Vaccine operations Central Provinces 1868-1885 - 1868-1885
Year: 1868
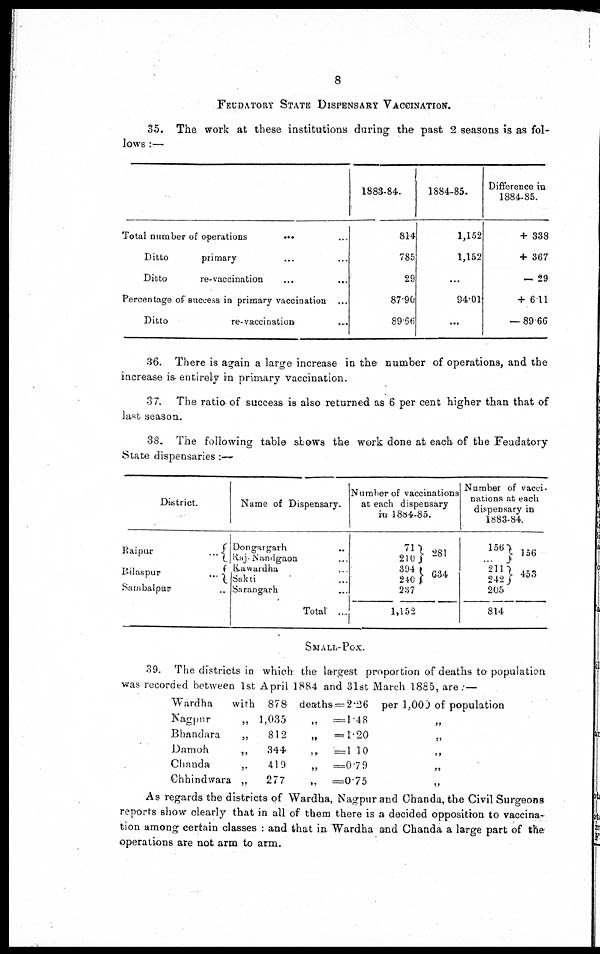
8
FEUDATORY STATE DISPENSARY VACCINATION.
35. The work at these institutions during the past 2 seasons is as fol-
lows :—
Total number of operations
...
...
Ditto
primary ... ...
Ditto
re-vaccination
...
...
Percentage of success in primary vaccination ...
Ditto
re-vaccination ...
1883-84.
814
785
29
87.90
89.66
1884-85.
1,152
1,152
...
94.01
...
Difference in
1884-85.
+ 338
+ 367
— 29
+ 611
— 89.66
36. There is again a large increase in the number of operations, and the
increase is entirely in primary vaccination.
37. The ratio of success is also returned as 6 per cent higher than that of
last season.
38. The following table shows the work done at each of the Feudatory
State dispensaries :—
District.
Raipur
...
Bilaspur
...
Sambalpur ...
Name of Dispensary.
Dongargarh ...
Raj Nandgaon ...
Kawardha ...
Sakti ...
Sarangarh ...
Total ...
Number of vaccinations
at each dispensary
in 1884-85.
71
210
394
240
281
634
237
1,152
Number of vacci-
nations at each
dispensary in
1883-84.
156
...
211
242
156
453
205
814
SMALL-POX.
39. The districts in which the largest proportion of deaths to population
was recorded between 1st April 1884 and 31st March 1885, are:-—
Wardha
with 878
Kagpur
„ 1,035
Bhandara
„
812
Damoh
„
344
Chanda
„
419
Chhindwara „
277
deaths=2.26
„ =1.48
„ —1.20
„
=1.10
„ =0.79
„
=0.75
per 1,000 of population
„
„
„
„
„
As regards the districts of Wardha, Nagpur and Chanda, the Civil Surgeons
reports show clearly that in all of them there is a decided opposition to vaccina-
tion among certain classes : and that in Wardha and Chanda a large part of the
operations are not arm to arm.